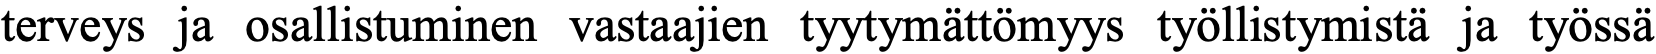
terveys ja osallistuminen vastaajien tyytymättömyys työllistymistä ja työssä